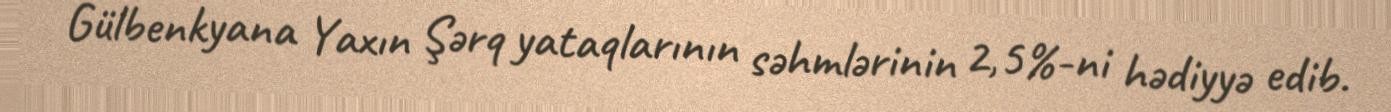
Gülbenkyana Yaxın Şərq yataqlarının səhmlərinin 2,5%-ni hədiyyə edib.